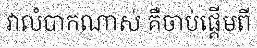
វាលំបាកណាស់ គឺចាប់ផ្តើមពី